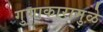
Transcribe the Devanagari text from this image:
गुणाकारामुळे